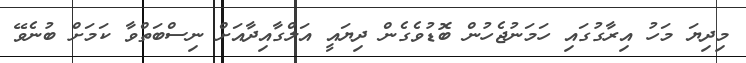
މިދިޔަ މަހު އިރާގުގައި ހަމަނުޖެހުން ބޮޑުވެގެން ދިޔައީ އަލްގާއިދާއަށް ނިސްބަތްވާ ކަމަށް ބުނެވޭ